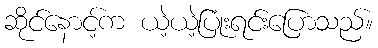
ဆိုင်နောင့်က ယဲ့ယဲ့ပြုံးရင်းပြောသည်။